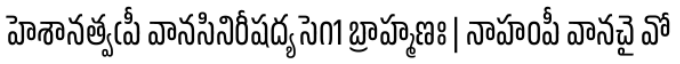
హెశానత్వఁపీ వానసినిరీషద్య సె౧1 బ్రాహ్మణః | నాహంపీ వానచై వో